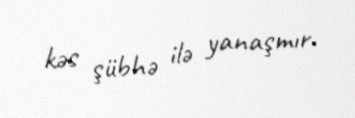
kəs şübhə ilə yanaşmır.